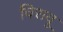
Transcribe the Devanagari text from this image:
चिरायू